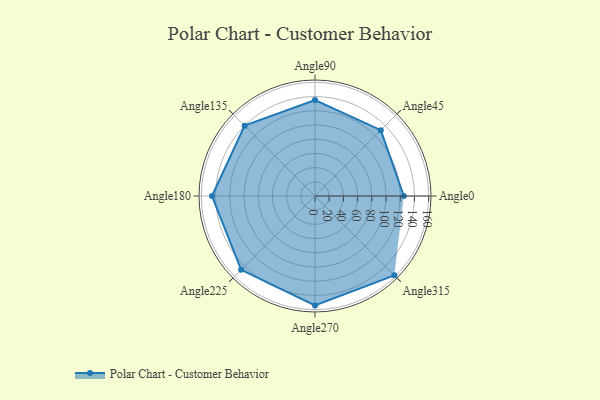
{"axis": {"x": "Angle", "y": "Radius"}, "legend": [""], "data": [{"x": "Angle0", "y": 125.0, "type": ""}, {"x": "Angle45", "y": 131.0, "type": ""}, {"x": "Angle90", "y": 135.0, "type": ""}, {"x": "Angle135", "y": 140.0, "type": ""}, {"x": "Angle180", "y": 145.0, "type": ""}, {"x": "Angle225", "y": 147.0, "type": ""}, {"x": "Angle270", "y": 154.0, "type": ""}, {"x": "Angle315", "y": 158.0, "type": ""}]}